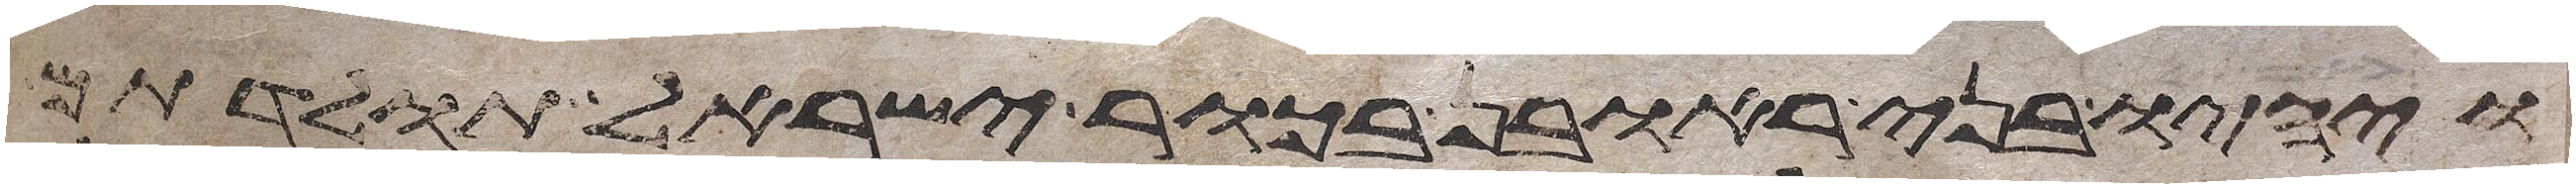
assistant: ויהיו בני ראובן בכור ישראל תולדתם